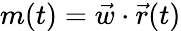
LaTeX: m(t)=\vec{w}\cdot\vec{r}(t)